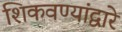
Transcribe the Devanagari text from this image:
शिकवण्यांद्वारे